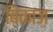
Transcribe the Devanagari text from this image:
बिकाज़